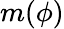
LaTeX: m(\phi)